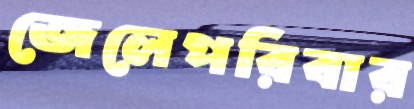
জেলেপরিবার